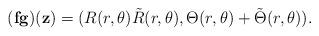
LaTeX: \begin{align*} (\mathbf{f}\mathbf{g})(\mathbf{z})=(R(r,\theta )\tilde{R}(r,\theta ),\Theta (r,\theta )+\tilde{\Theta }(r,\theta )). \end{align*}